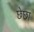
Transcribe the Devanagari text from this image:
छेछा